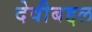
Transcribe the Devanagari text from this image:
देवीबद्दल